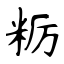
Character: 粝